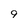
Character: 9